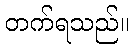
တက်ရသည်။